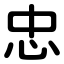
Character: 忠